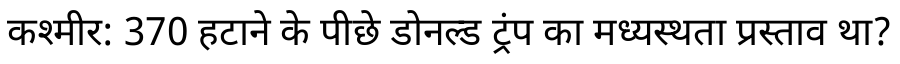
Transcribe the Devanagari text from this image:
कश्मीर: 370 हटाने के पीछे डोनल्ड ट्रंप का मध्यस्थता प्रस्ताव था?